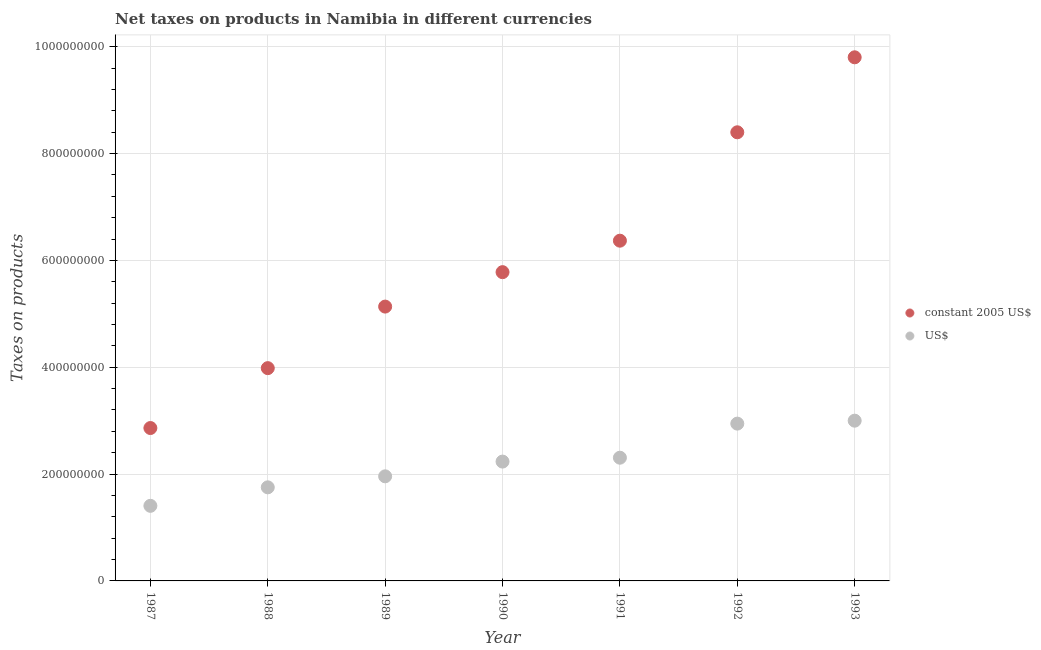
| Year | constant 2005 US$ | US$ |
 | --- | --- | --- |
 | 1987 | 2.86e+08 | 1.41e+08 |
 | 1988 | 3.98e+08 | 1.75e+08 |
 | 1989 | 5.14e+08 | 1.96e+08 |
 | 1990 | 5.78e+08 | 2.23e+08 |
 | 1991 | 6.37e+08 | 2.31e+08 |
 | 1992 | 8.4e+08 | 2.94e+08 |
 | 1993 | 9.8e+08 | 3e+08 |